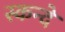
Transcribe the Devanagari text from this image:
स्कन्दे